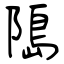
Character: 﨩